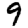
Digit: 9